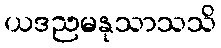
ယဒညမနုသာသသိ